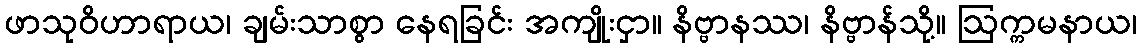
ဖာသုဝိဟာရာယ၊ ချမ်းသာစွာ နေရခြင်း အကျိုးငှာ။ နိဗ္ဗာနဿ၊ နိဗ္ဗာန်သို့။ ဩက္ကမနာယ၊